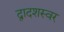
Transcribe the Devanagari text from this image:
द्वादशस्वर